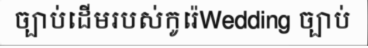
ច្បាប់ដើមរបស់កូរ៉េWedding ច្បាប់